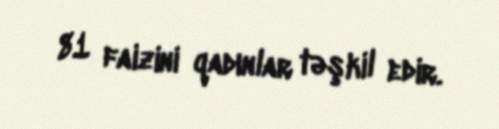
81 faizini qadınlar təşkil edir.